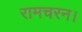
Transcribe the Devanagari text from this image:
रामचरन।